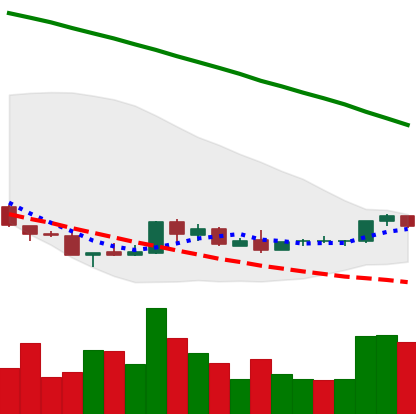
Ticker: NEO-USD
Chart end date: 2018-08-29
Forward return: 14.943%
Label: up_7plus